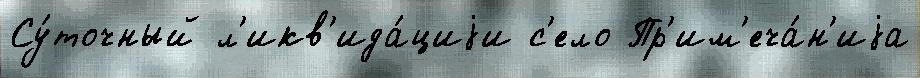
Су́точный л'икв'ида́циjи с'ело Пр'им'еча́н'иjа